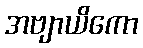
အဗျာယိကော